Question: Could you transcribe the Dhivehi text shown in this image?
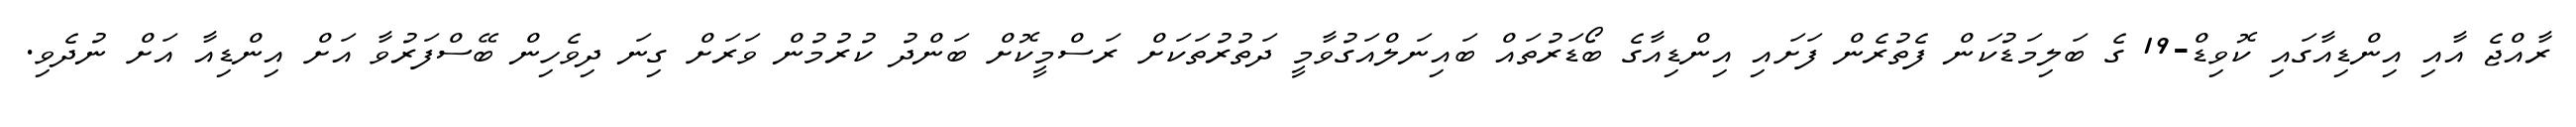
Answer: ރާއްޖެ އާއި އިންޑިއާގައި ކޮވިޑް-19 ގެ ބަލިމަޑުކަން ފެތުރެން ފަށައި އިންޑިއާގެ ބޯޑަރުތައް ބައިނަލްއަގުވާމީ ދަތުރުތަކަށް ރަސްމީކޮށް ބަންދު ކުރުމުން ވަރަށް ގިނަ ދިވެހިން ބޭސްފަރުވާ އަށް އިންޑިއާ އަށް ނުދެވި.